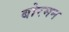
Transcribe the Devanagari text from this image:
बोरमन